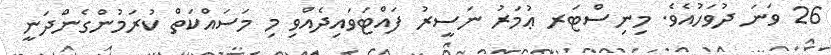
26 ވަނަ ދުވަހުއެވެ. މިނިސްޓަރ ޢުމަރު ނަސީރު ފައްޓަވައިދެއްވި މި މަސައްކަތް ކުރަމުންގެންދަނީ